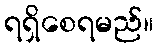
ရရှိစေရမည်။